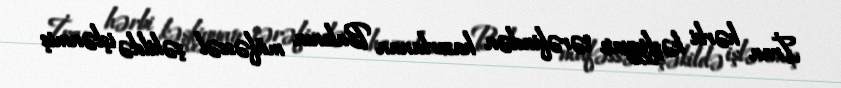
İran hərbi kəşfiyyatı tərəfindən hazırlanan Bakının müfəssəl şəkildə işlənmiş